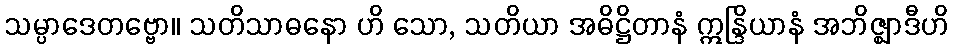
သမ္ပာဒေတဗ္ဗော။ သတိသာဓနော ဟိ သော, သတိယာ အဓိဋ္ဌိတာနံ ဣန္ဒြိယာနံ အဘိဇ္ဈာဒီဟိ